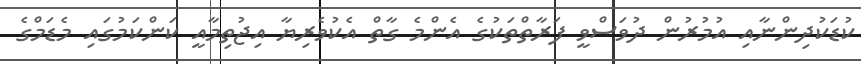
ކުޑަކުދިންނާއި އުމުރުން ދުވަސްވީ ފަރާތްތަކުގެ އެންމެ ގާތް އެކުވެރިޔާ އިޖުތިމާއީ ކަންކަމުގައި މެޑަމްގެ